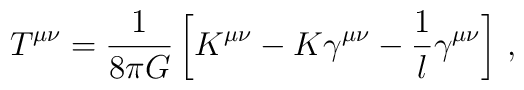
T^{\mu\nu} = \frac{1}{8\pi G}\left[K^{\mu\nu} - K \gamma^{\mu\nu}             - \frac 1l \gamma^{\mu\nu}\right]\,,